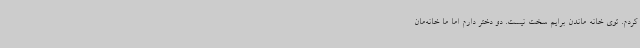
کردم. توی خانه ماندن برایم سخت نیست. دو دختر دارم اما ما خانه‌مان